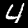
Digit: 4